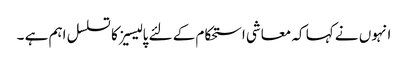
انہوں نے کہا کہ معاشی استحکام کے لئے پالیسیز کا تسلسل اہم ہے ۔